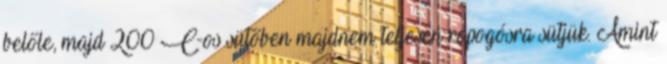
belőle, majd 200°C-os sütőben majdnem teljesen ropogósra sütjük. Amint